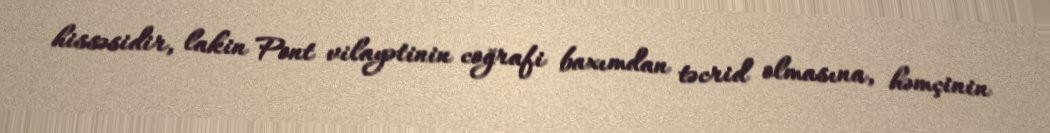
hissəsidir, lakin Pont vilayətinin coğrafi baxımdan təcrid olmasına, həmçinin